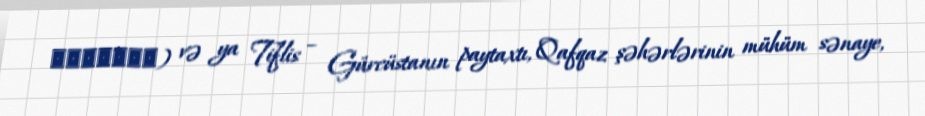
თბილისი) və ya Tiflis – Gürcüstanın paytaxtı, Qafqaz şəhərlərinin mühüm sənaye,